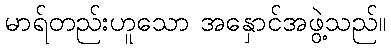
မာရ်တည်းဟူသော အနှောင်အဖွဲ့သည်။